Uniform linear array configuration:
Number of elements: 12
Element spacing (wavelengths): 0.5
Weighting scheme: blackman
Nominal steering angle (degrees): -15
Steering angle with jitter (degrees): -16.259
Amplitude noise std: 0.05
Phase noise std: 0.05

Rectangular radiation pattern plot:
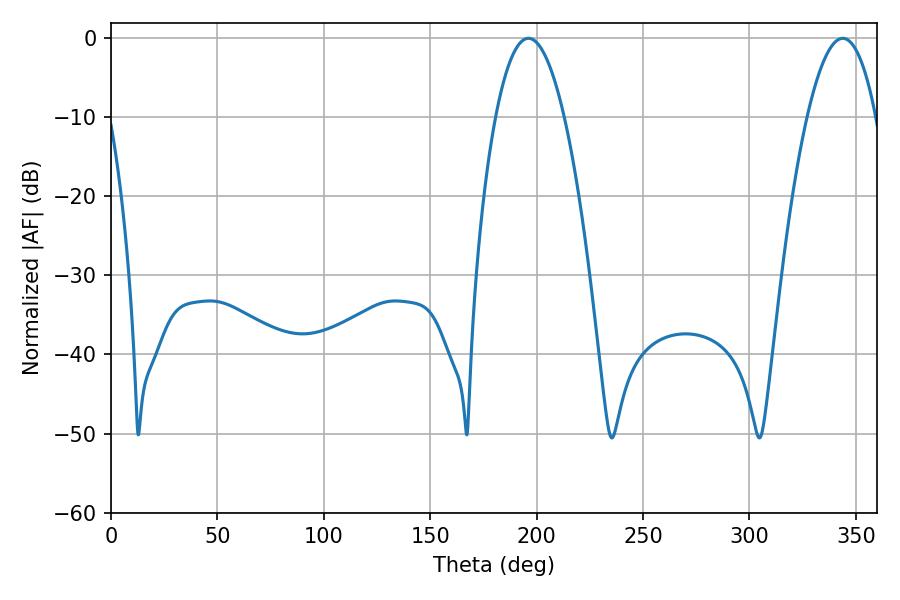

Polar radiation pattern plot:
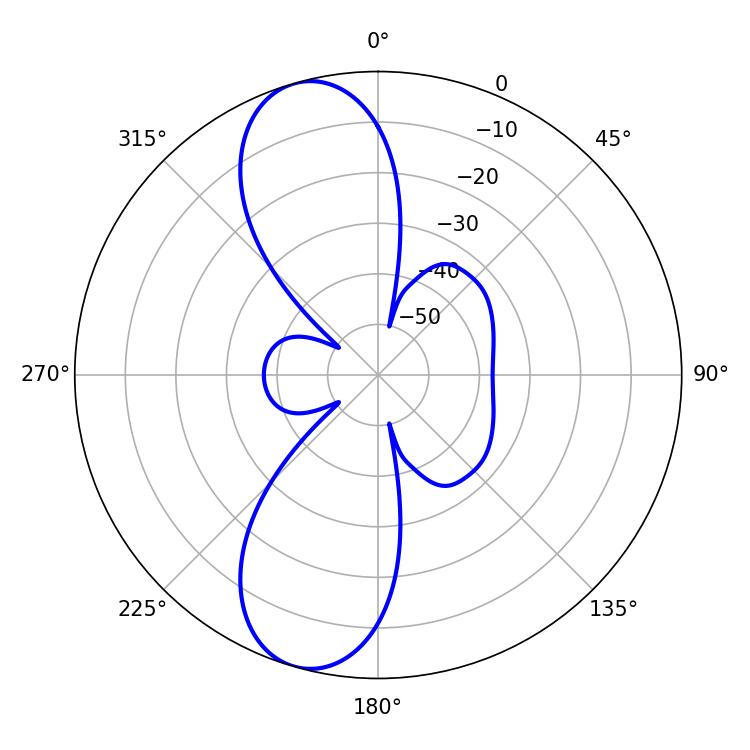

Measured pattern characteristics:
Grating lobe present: FALSE
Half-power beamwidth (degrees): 17.82
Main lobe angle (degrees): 196.2